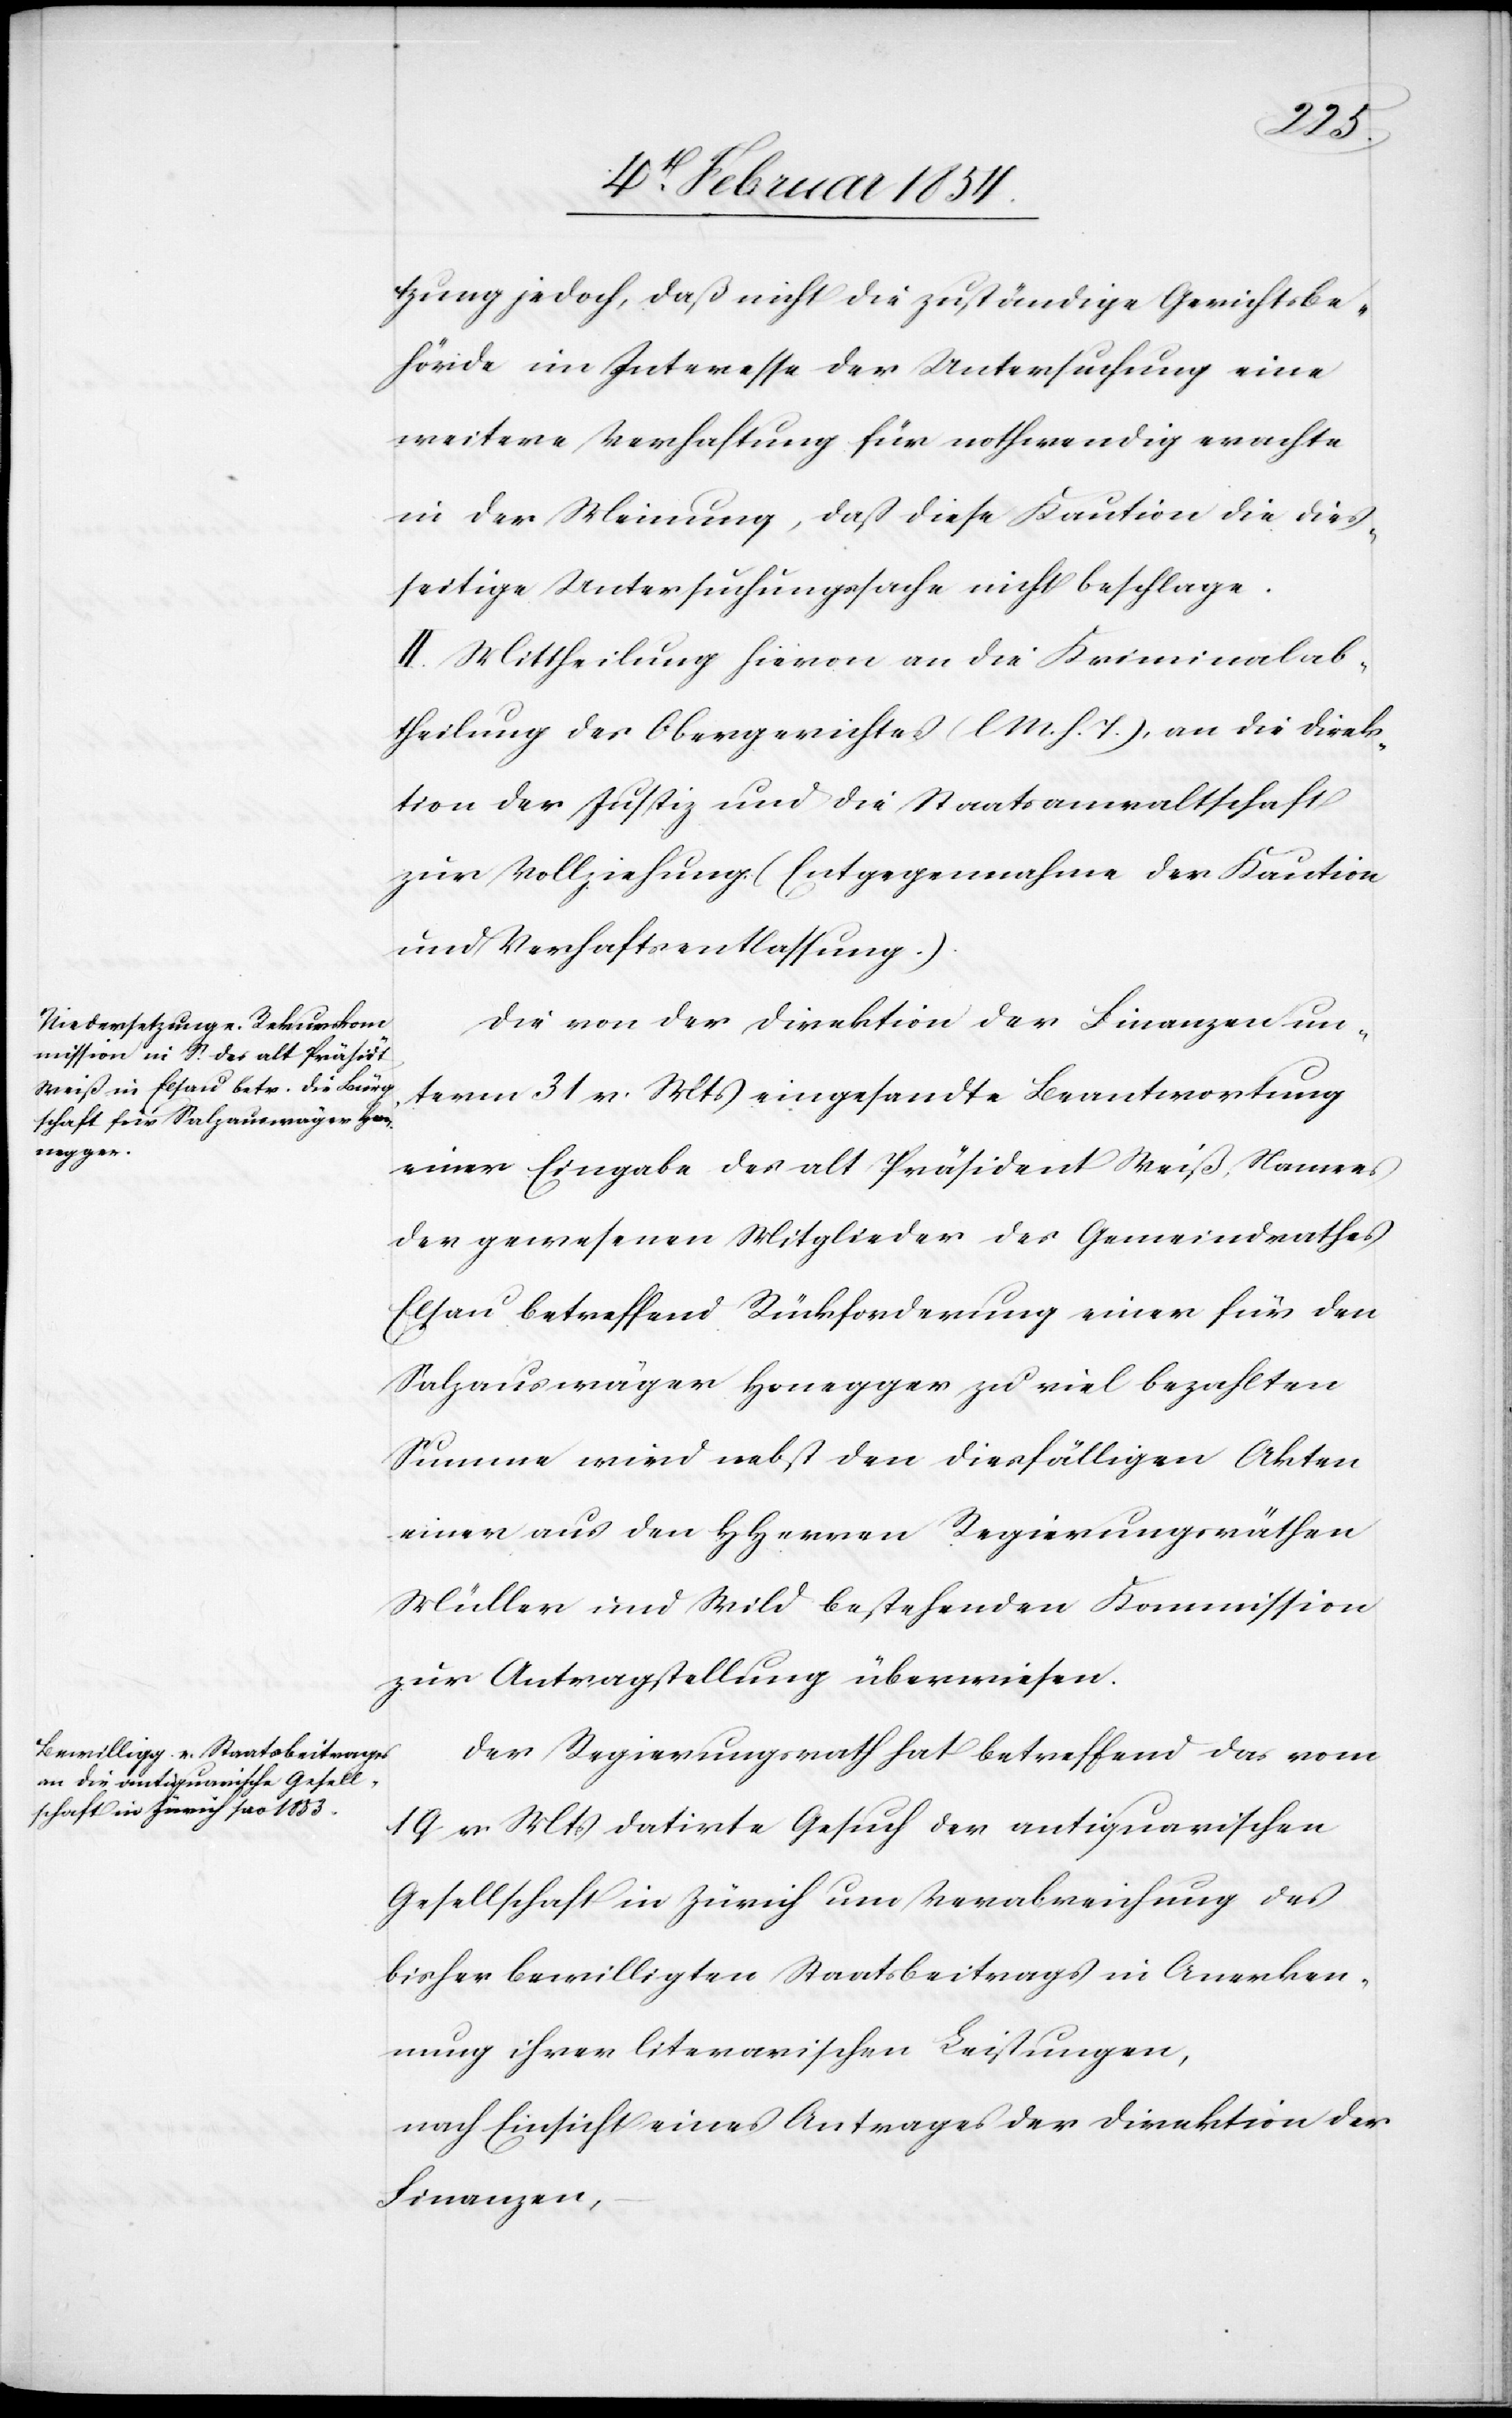
tzung jedoch, daß nicht die zuständige Gerichtsbe¬
hörde im Interesse der Untersuchung eine
weitere Verhaftung für nothwendig erachte
in der Meinung, daß diese Kaution die dies¬
seitige Untersuchungssache nicht beschlage.
II. Mittheilung hievon an die Kriminalab¬
theilung des Obergerichtes (l. M. h. T.), an die Direk¬
tion der Justiz und die Staatsanwaltschaft
zur Vollziehung. (Entgegennahme der Kaution
und Verhaftsentlassung.)
Die von der Direktion der Finanzen un¬
term 31 v. Mts eingesandte Beantwortung
einer Eingabe des alt Präsident Weiß, Namens
der gewesenen Mitglieder des Gemeindrathes
Elsau betreffend Rückforderung einer für den
Salzauswäger Honegger zu viel bezahlten
Summe wird nebst den diesfälligen Akten
einer aus den HHerren Regierungsräthen
Müller und Wild bestehenden Kommission
zur Antragstellung überweisen.
Der Regierungsrath hat betreffend das vom
19 v Mts datirte Gesuch der antiquarischen
Gesellschaft in Zürich um Verabreichung des
bisher bewilligten Staatsbeitrages in Anerken¬
nung ihrer literarischen Leistungen,
nach Einsicht eines Antrages der Direktion der
Finanzen,